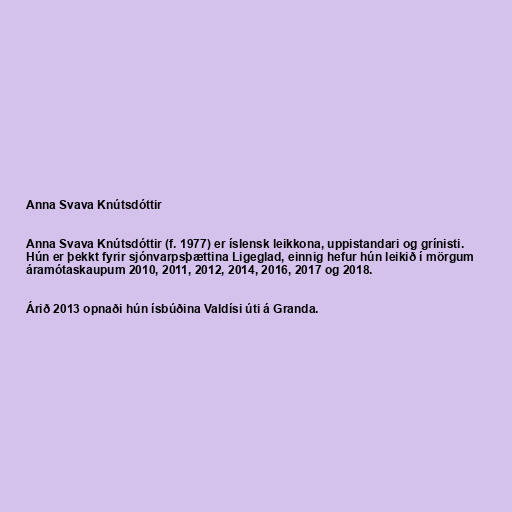
Anna Svava Knútsdóttir

Anna Svava Knútsdóttir (f. 1977) er íslensk leikkona, uppistandari og grínisti.
Hún er þekkt fyrir sjónvarpsþættina Ligeglad, einnig hefur hún leikið í mörgum
áramótaskaupum 2010, 2011, 2012, 2014, 2016, 2017 og 2018.

Árið 2013 opnaði hún ísbúðina Valdísi úti á Granda.